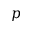
p